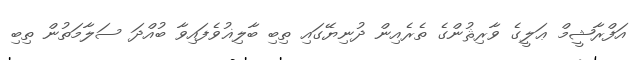
އަފްރާޝީމް ޢަލީގެ ވާރިޘުންގެ ތެރެއިން ދުނިޔޭގައި ތިބި ބާލިޣުވެފައިވާ ބުއްދަ ސަލާމަތުން ތިބި